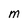
Character: M